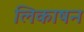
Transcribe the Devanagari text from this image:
लिकाषन